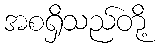
အစရှိသည်တို့